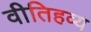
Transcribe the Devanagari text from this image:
वीतिहव्य